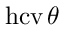
\operatorname { h c v } \theta